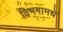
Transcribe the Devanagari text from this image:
विभगामधे